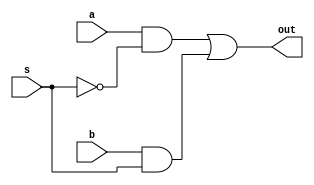
module MUX_2_1(a, b, s, out);
	 input a, b, s;
	 output out;

	 wire temp1, temp2;
	 wire not_s;

	 not u1(not_s, s);
	 and u2(temp1, a, not_s);
	 and u3(temp2, b, s);
	 or u4(out, temp1, temp2);

endmodule